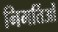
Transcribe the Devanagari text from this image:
निमर्तिओं